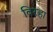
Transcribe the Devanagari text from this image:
विरहा